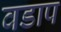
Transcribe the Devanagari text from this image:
वडाप